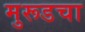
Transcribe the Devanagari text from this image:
मुरूडचा